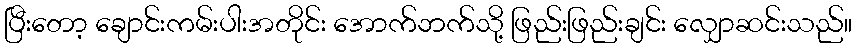
ပြီးတော့ ချောင်းကမ်းပါးအတိုင်း အောက်ဘက်သို့ ဖြည်းဖြည်းချင်း လျှောဆင်းသည်။